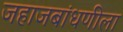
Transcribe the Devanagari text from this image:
जहाजबांधणीला